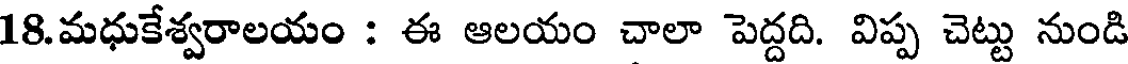
18.మధుకేశ్వరాలయం : ఈ ఆలయం చాలా పెద్దది. విప్ప చెట్టు నుండి